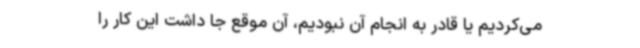
می‌کردیم یا قادر به انجام آن نبودیم، آن‌ موقع جا داشت این کار را